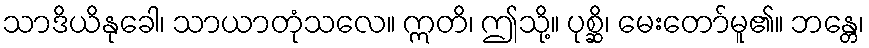
သာဒိယိနုခေါ၊ သာယာတုံသလေ။ ဣတိ၊ ဤသို့။ ပုစ္ဆိ၊ မေးတော်မူ၏။ ဘန္တေ၊